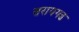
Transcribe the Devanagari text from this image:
सरायगढ